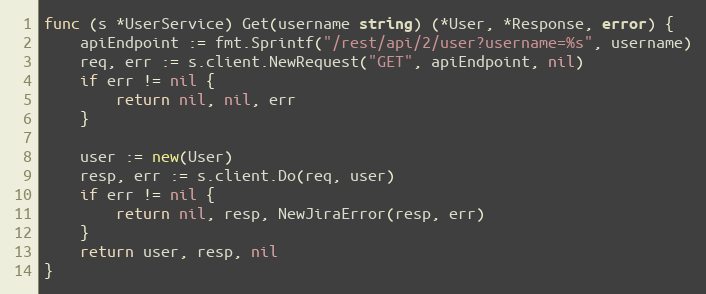
Language: Go
func (s *UserService) Get(username string) (*User, *Response, error) {
	apiEndpoint := fmt.Sprintf("/rest/api/2/user?username=%s", username)
	req, err := s.client.NewRequest("GET", apiEndpoint, nil)
	if err != nil {
		return nil, nil, err
	}

	user := new(User)
	resp, err := s.client.Do(req, user)
	if err != nil {
		return nil, resp, NewJiraError(resp, err)
	}
	return user, resp, nil
}